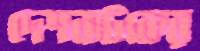
দেশনাটকের